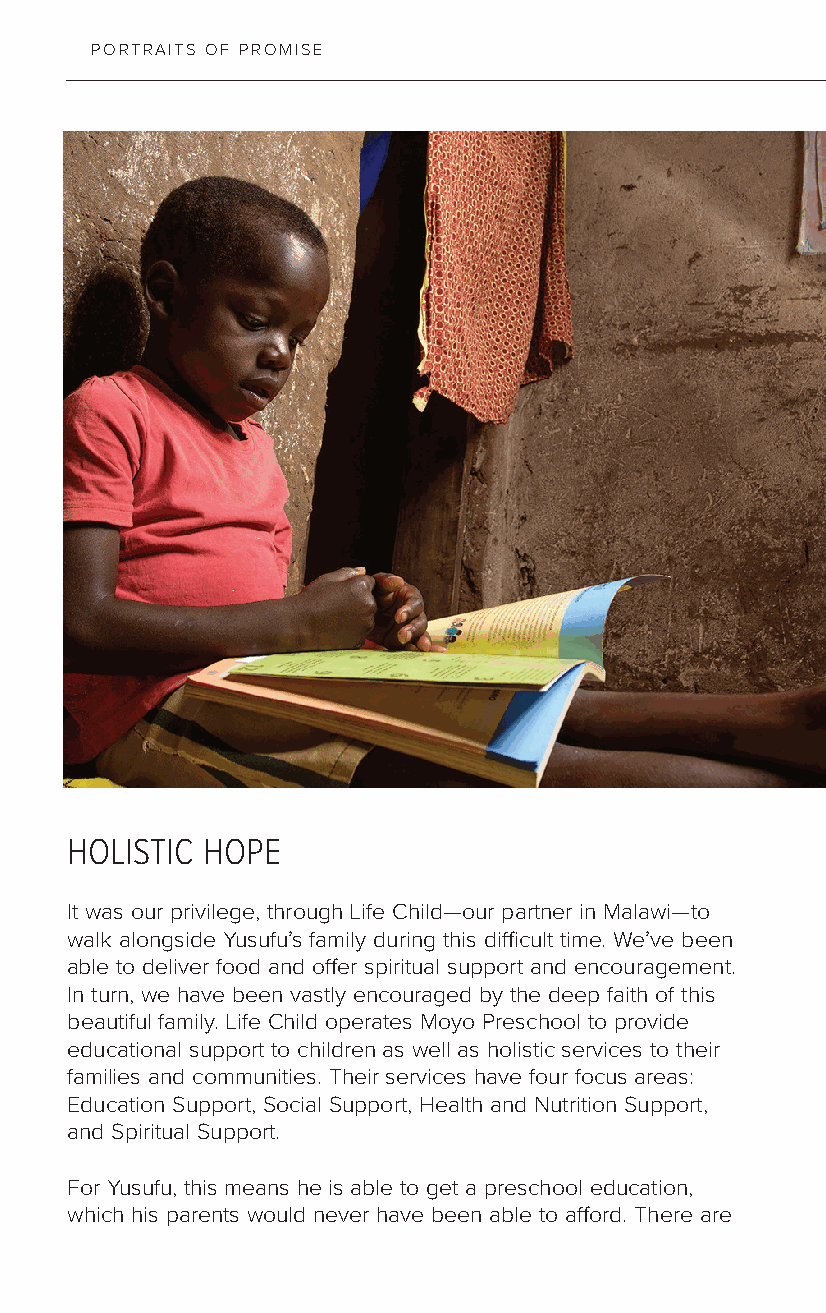
PORTRAITS OF PROMISE
 HOLISTIC HOPE
 It was our privilege, through Life Child—our partner in Malawi—to
 walk alongside Yusufu’s family during this difficult time. We’ve been
 able to deliver food and offer spiritual support and encouragement.
 In turn, we have been vastly encouraged by the deep faith of this
 beautiful family. Life Child operates Moyo Preschool to provide
 educational support to children as well as holistic services to their
 families and communities. Their services have four focus areas:
 Education Support, Social Support, Health and Nutrition Support,
 and Spiritual Support.
 For Yusufu, this means he is able to get a preschool education,
 which his parents would never have been able to afford. There are